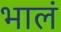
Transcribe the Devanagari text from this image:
भालं